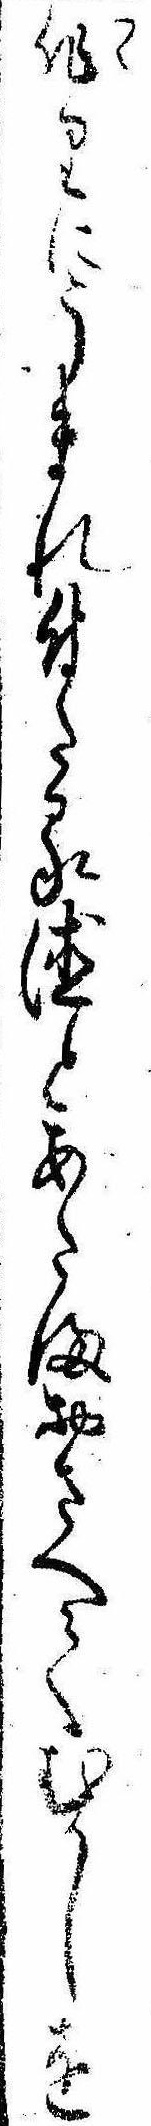
作りにうまれ付たる徳とあたまおさへてむかしを